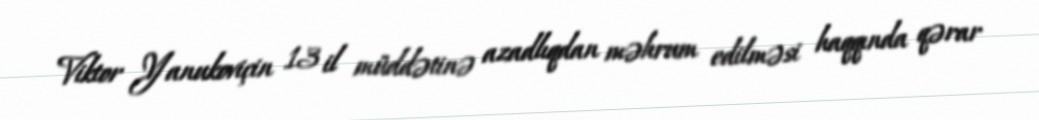
Viktor Yanukoviçin 13 il müddətinə azadlıqdan məhrum edilməsi haqqında qərar